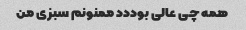
همه چی عالی بوددد ممنونم سبزی من